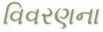
વિવરણના